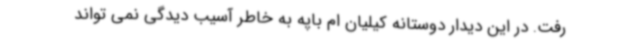
رفت. در این دیدار دوستانه کیلیان ام باپه به خاطر آسیب دیدگی نمی تواند